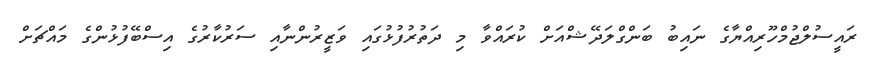
ރައީސުލްޖުމްހޫރިއްޔާގެ ނައިބު ބަންގްލަދޭޝްއަށް ކުރައްވާ މި ދަތުރުފުޅުގައި ވަޒީރުންނާއި ސަރުކާރުގެ އިސްބޭފުޅުންގެ މައްޗަށް